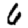
Digit: 6